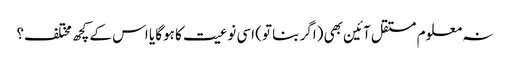
نہ معلوم مستقل آئین بھی (اگر بنا تو) اسی نوعیت کا ہوگا یا اس کے کچھ مختلف؟